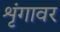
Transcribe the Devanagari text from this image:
शृंगावर